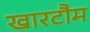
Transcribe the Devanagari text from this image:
खारटौम